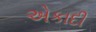
એકાદી